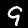
Label: 9